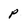
Character: p